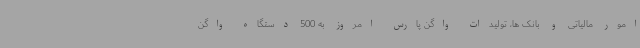
امور مالیاتی و بانک ها، تولیدات واگن پارس امروز به 500 دستگاه واگن